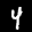
Label: 4